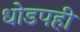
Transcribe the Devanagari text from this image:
धोडपही